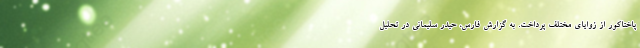
پاختاکور از زوایای مختلف پرداخت. به گزارش فارس، حیدر سلیمانی در تحلیل